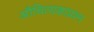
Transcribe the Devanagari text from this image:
औचित्यकाप्रश्न